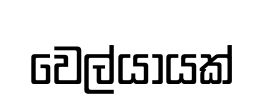
වෙල්යායක්